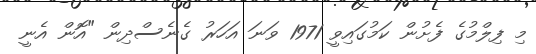
މި ފިލްމުގެ ފެށުން ކަމުގައިވީ 1971 ވަނަ އަހަރު ގެނެސްދިން "އޮން އެނީ